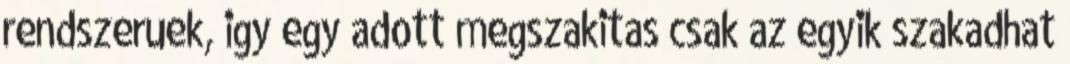
rendszeruek, igy egy adott megszakitas csak az egyik szakadhat